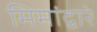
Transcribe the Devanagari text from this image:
मिमांद्वारे